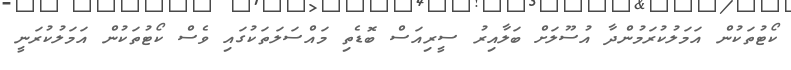
ކޯޓުތަކުން އަމަލުކުރަމުންދާ އުސޫލަށް ބަލާއިރު ސީރިއަސް ބޮޑެތި މައްސަލަތަކުގައި ވެސް ކޯޓުތަކުން އަމަލުކުރަނީ